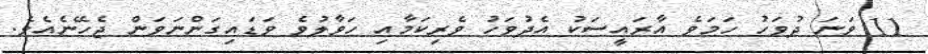
11 ވަނަ ދުވަހު ހަމަވެ އާރައީސަކު އެދުވަހު ވެރިކަމާއި ހަވާލުވެ ވަޑައިގަންނަވަން ޖެހޭނެއެވެ.